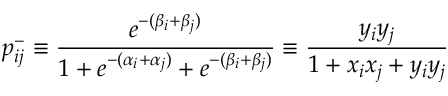
p _ { i j } ^ { - } \equiv \frac { e ^ { - ( \beta _ { i } + \beta _ { j } ) } } { 1 + e ^ { - ( \alpha _ { i } + \alpha _ { j } ) } + e ^ { - ( \beta _ { i } + \beta _ { j } ) } } \equiv \frac { y _ { i } y _ { j } } { 1 + x _ { i } x _ { j } + y _ { i } y _ { j } }